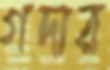
গদার